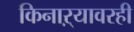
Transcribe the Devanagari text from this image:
किनाऱ्यावरही